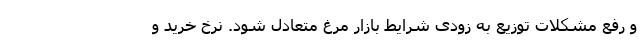
و رفع مشکلات توزیع به زودی شرایط بازار مرغ متعادل شود. نرخ خرید و